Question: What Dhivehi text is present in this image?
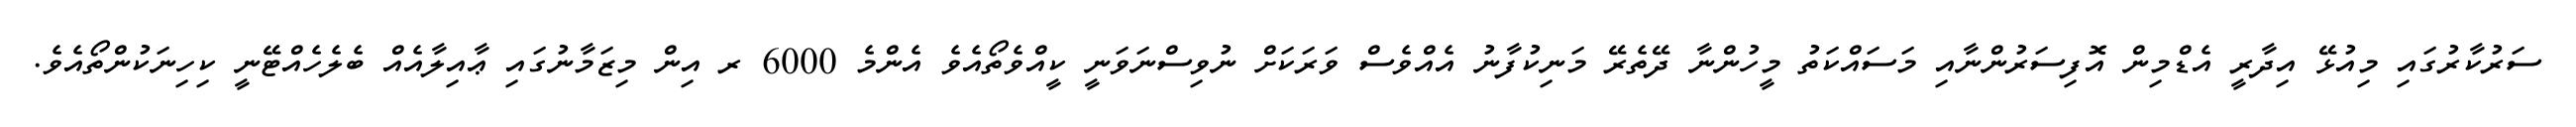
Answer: ސަރުކާރުގައި މިއުޅޭ އިދާރީ އެޑްމިން އޮފިސަރުންނާއި މަސައްކަތު މީހުންނާ ދޭތެރޭ މަނިކުފާނު އެއްވެސް ވަރަކަށް ނުވިސްނަވަނީ ކީއްވެތޯއެވެ އެންމެ 6000 ރ އިން މިޒަމާނުގައި ޢާއިލާއެއް ބެލެހެއްޓޭނީ ކިހިނަކުންތޯއެވެ.